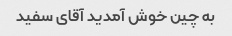
به چین خوش آمدید آقای سفید